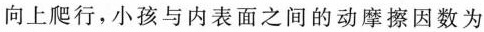
向上爬行，小孩与内表面之间的动摩擦因数为